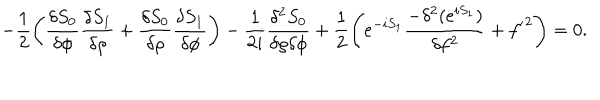
- \frac { 1 } { 2 } \left( \frac { \delta S _ { 0 } } { \delta \phi } \frac { \delta S _ { 1 } } { \delta \rho } + \frac { \delta S _ { 0 } } { \delta \rho } \frac { \delta S _ { 1 } } { \delta \phi } \right) - \frac { 1 } { 2 i } \frac { \delta ^ { 2 } S _ { 0 } } { \delta \rho \delta \phi } + \frac { 1 } { 2 } \left( e ^ { - i S _ { 1 } } \frac { - \delta ^ { 2 } ( e ^ { i S _ { 1 } } ) } { \delta f ^ { 2 } } + { f ^ { \prime } } ^ { 2 } \right) = 0 .